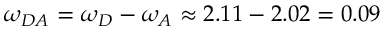
\omega _ { D A } = \omega _ { D } - \omega _ { A } \approx 2 . 1 1 - 2 . 0 2 = 0 . 0 9